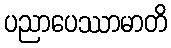
ပညာပေဿာမာတိ